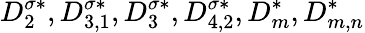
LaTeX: D_{2}^{\sigma*},D_{3,1}^{\sigma*},D_{3}^{\sigma*},D_{4,2}^{\sigma*},D_{m}^{*},D_{m,n}^{*}